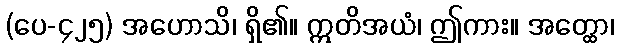
(ပေ-၄၂၅) အဟောသိ၊ ရှိ၏။ ဣတိအယံ၊ ဤကား။ အတ္ထော၊